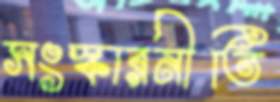
সংস্কারনীতি